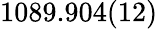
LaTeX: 1089.904(12)